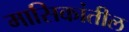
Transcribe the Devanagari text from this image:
मासिकांतील